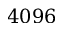
4 0 9 6